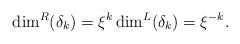
LaTeX: \begin{align*} \dim^R(\delta_k) = \xi^k \dim^L(\delta_k) = \xi^{-k}.\end{align*}